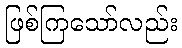
ဖြစ်ကြသော်လည်း